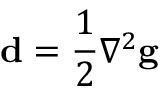
\mathbf { d } = \frac { 1 } { 2 } \nabla ^ { 2 } \mathbf { g }